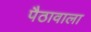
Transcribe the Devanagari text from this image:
पैठावाला